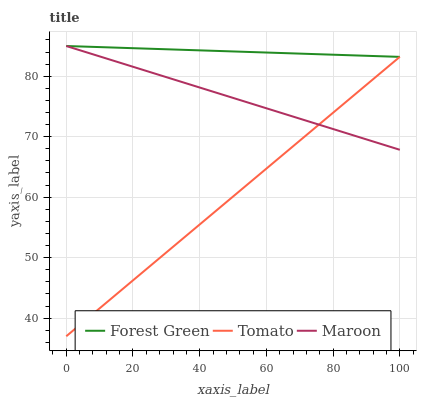
| xaxis_label | Forest Green | Tomato | Maroon |
 | --- | --- | --- | --- |
 | 0 | 85 | 37 | 85 |
 | 6.67 | 84.9 | 40.1 | 83.9 |
 | 13.3 | 84.8 | 43.2 | 82.7 |
 | 20 | 84.6 | 46.2 | 81.6 |
 | 26.7 | 84.5 | 49.3 | 80.4 |
 | 33.3 | 84.4 | 52.4 | 79.3 |
 | 40 | 84.3 | 55.5 | 78.1 |
 | 46.7 | 84.2 | 58.6 | 77 |
 | 53.3 | 84 | 61.6 | 75.8 |
 | 60 | 83.9 | 64.7 | 74.7 |
 | 66.7 | 83.8 | 67.8 | 73.6 |
 | 73.3 | 83.7 | 70.9 | 72.4 |
 | 80 | 83.6 | 74 | 71.3 |
 | 86.7 | 83.4 | 77.1 | 70.1 |
 | 93.3 | 83.3 | 80.1 | 69 |
 | 100 | 83.2 | 83.2 | 67.8 |